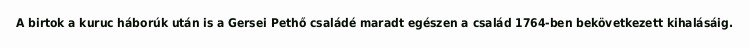
A birtok a kuruc háborúk után is a Gersei Pethő családé maradt egészen a család 1764-ben bekövetkezett kihalásáig.